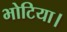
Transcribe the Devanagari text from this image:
भोटिया।